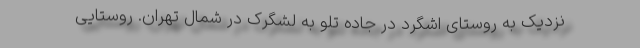
نزدیک به روستای اشگرد در جاده تلو به لشگرک در شمال تهران. روستایی